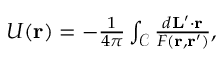
\begin{array} { r } { U ( \mathbf { r } ) = - \frac { 1 } { 4 \pi } \int _ { \mathcal { C } } \frac { d \mathbf { L } ^ { \prime } \cdot \mathbf { r } } { F ( \mathbf { r } , \mathbf { r } ^ { \prime } ) } , } \end{array}